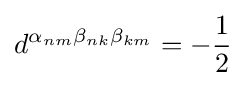
d^{\alpha _{nm}\beta _{nk}\beta _{km}}=-{\frac {1}{2}}